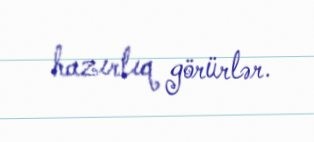
hazırlıq görürlər.